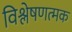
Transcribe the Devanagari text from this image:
विश्लेषणत्मक